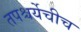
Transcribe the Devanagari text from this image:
तपश्चर्येचीच